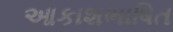
આકાશભાષિત